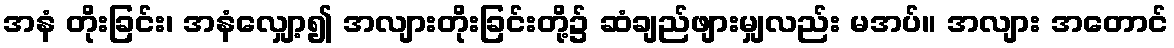
အနံ တိုးခြင်း၊ အနံလျှော့၍ အလျားတိုးခြင်းတို့၌ ဆံချည်ဖျားမျှလည်း မအပ်။ အလျား အတောင်